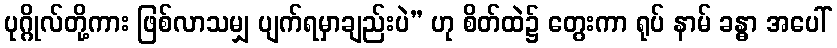
ပုဂ္ဂိုလ်တို့ကား ဖြစ်လာသမျှ ပျက်ရမှာချည်းပဲ” ဟု စိတ်ထဲ၌ တွေးကာ ရုပ် နာမ် ခန္ဓာ အပေါ်